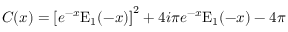
C ( x ) = \left[ e ^ { - x } \mathrm { E } _ { 1 } ( - x ) \right] ^ { 2 } + 4 i \pi e ^ { - x } \mathrm { E } _ { 1 } ( - x ) - 4 \pi